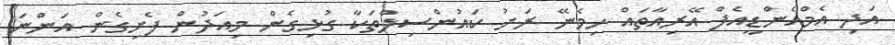
އަދި އެމްއެންޑީއެފް އޭރިއާތައް ހިމެނޭ ރަށު ކައުންސިލްތަކާ ގުޅިގެން މިއަދުން ފެށިގެން އަންނަ